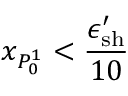
x _ { P _ { 0 } ^ { 1 } } < \frac { \epsilon _ { \mathrm { s h } } ^ { \prime } } { 1 0 }